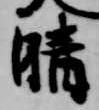
晴